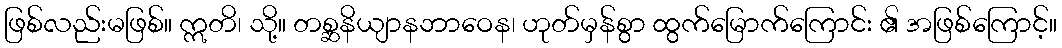
ဖြစ်လည်းမဖြစ်။ ဣတိ၊ သို့။ တစ္ဆနိယျာနဘာဝေန၊ ဟုတ်မှန်စွာ ထွက်မြောက်ကြောင်း ၏ အဖြစ်ကြောင့်။